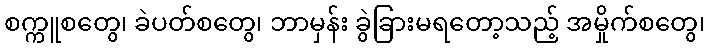
စက္ကူစတွေ၊ ခဲပတ်စတွေ၊ ဘာမှန်း ခွဲခြားမရတော့သည့် အမှိုက်စတွေ၊